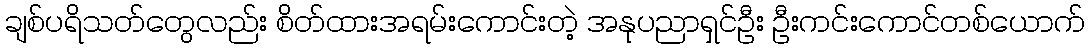
ချစ်ပရိသတ်တွေလည်း စိတ်ထားအရမ်းကောင်းတဲ့ အနုပညာရှင်ဦး ဦးကင်းကောင်တစ်ယောက်